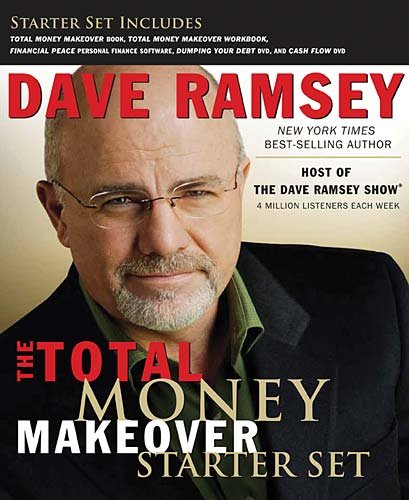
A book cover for Dave Ramsey Starter Set Includes The Total Money Makeover Revised 3rd Edition (Hardcover), The Total Money Makeover Workbook, Financial Peace Personal Finance Software, Dumping Debt DVD, And Cash Flow Planning DVD; Dave Ramsey; Computers & Technology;